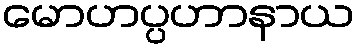
မောဟပ္ပဟာနာယ